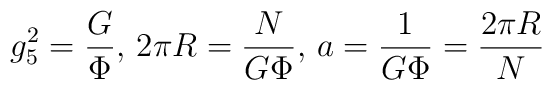
g_5^2 = \frac{G}{\Phi}, \,   2\pi R = \frac{N}{G\Phi}, \,   a = \frac{1}{G \Phi} = \frac{2\pi R}{N}